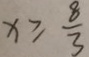
x \geq \frac { 8 } { 3 }